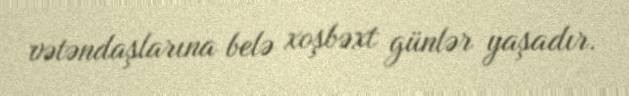
vətəndaşlarına belə xoşbəxt günlər yaşadır.